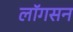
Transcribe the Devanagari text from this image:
लॉगसन